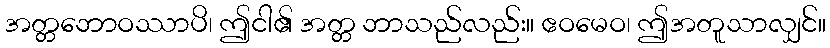
အတ္တဘောဝဿာပိ၊ ဤငါ၏ အတ္တ ဘာသည်လည်း။ ဧဝမေဝ၊ ဤအတူသာလျှင်။